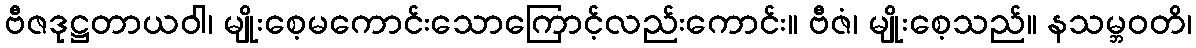
ဗီဇဒုဋ္ဌတာယဝါ၊ မျိုးစေ့မကောင်းသောကြောင့်လည်းကောင်း။ ဗီဇံ၊ မျိုးစေ့သည်။ နသမ္ဘဝတိ၊